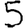
Digit: 5